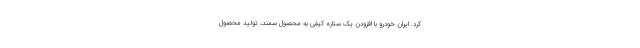
کرد. ایران خودرو با افزودن یک ستاره کیفی به محصول سمند، تولید محصول